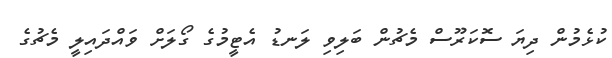
ކުޅެމުން ދިޔަ ސޮކަރޫސް މެޗުން ބަލިވި ލަނޑު އެޓީމުގެ ގޯލަށް ވައްދައިލީ މެޗުގެ